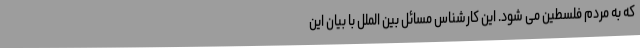
که به مردم فلسطین می شود. این کارشناس مسائل بین الملل با بیان این